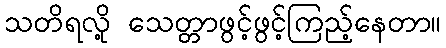
သတိရလို့ သေတ္တာဖွင့်ဖွင့်ကြည့်နေတာ။